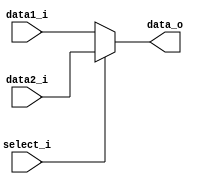
module MUX32
(
    data1_i,
    data2_i,
    select_i,
    data_o
);

// Ports
input [31:0] data1_i;
input [31:0] data2_i;
input select_i;
output [31:0] data_o;

// ALUSrc:0 -> data1_i, ALUSrc:1 -> data2_i
assign data_o = select_i ? data2_i : data1_i;

endmodule